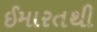
ઈમારતથી